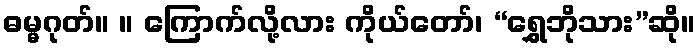
ဓမ္မဂုတ်။ ။ ကြောက်လို့လား ကိုယ်တော်၊ “ရွှေဘိုသား”ဆို။